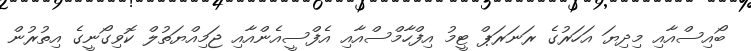
ބޯއިސްއާއި މިދިޔަ އަހަރުގެ ރަނަރަޕް ޓީމު އިފްހާމްސްއާއި އެފްސީއެންއާއި ޖަމިއްޔަތުލް ކޮވިގޯނީގެ އިތުރުން